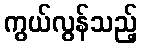
ကွယ်လွန်သည့်